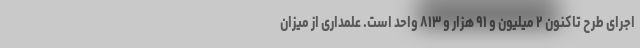
اجرای طرح تاکنون ۲ میلیون و ۹۱ هزار و ۸۱۳ واحد است. علمداری از میزان